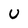
Character: U